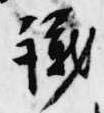
議